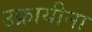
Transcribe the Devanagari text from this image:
उक्रायीना